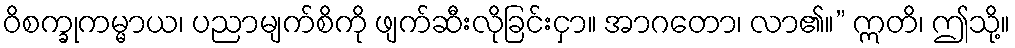
ဝိစက္ခုကမ္မာယ၊ ပညာမျက်စိကို ဖျက်ဆီးလိုခြင်းငှာ။ အာဂတော၊ လာ၏။” ဣတိ၊ ဤသို့။